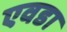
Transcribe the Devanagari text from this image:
एवडा